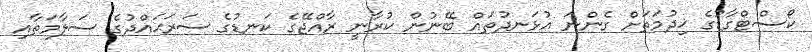
ކޯސްޓްގާޑުގެ ޚިދުމަތަށް ގެންނަ އުޅަނދުތައް ބޭނުން ކުރާނީ ރާއްޖޭގެ ކަނޑުގެ ސަރަޙައްދުގެ ސަލާމަތާއި